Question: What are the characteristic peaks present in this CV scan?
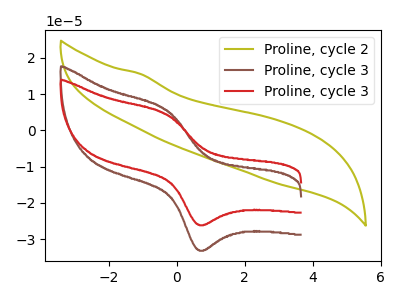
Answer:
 <answer>The olive curve "Proline, cycle 2" has no peaks. The brown curve "Proline, cycle 3" has an anodic peak at (-0.30V, 5.60uA) and a cathodic peak at (0.65V, -33.05uA). The red curve "Proline, cycle 3" has an anodic peak at (-0.30V, 4.40uA) and a cathodic peak at (0.65V, -26.05uA).</answer>
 <eval></eval>